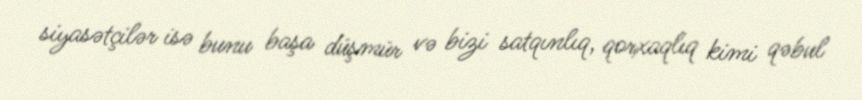
siyasətçilər isə bunu başa düşmür və bizi satqınlıq, qorxaqlıq kimi qəbul